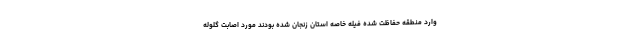
وارد منطقه حفاظت شده فیله خاصه استان زنجان شده بودند مورد اصابت گلوله